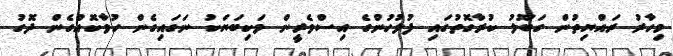
މިހާރު ރައްޔިތުން ގަބޫލު ކުރާގޮތުގައި ފުލުހުންގެ އިސްވެރީން ވަކިބަޔަކު ނަގައިގެން ހުވާކޮއްގެން ދޮގު